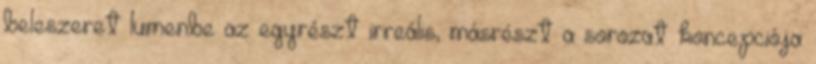
beleszeret lumenbe az egyrészt irreális, másrészt a sorozat koncepciója